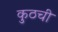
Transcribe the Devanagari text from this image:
कुठची